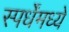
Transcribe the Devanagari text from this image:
स्पर्धेंमध्ये